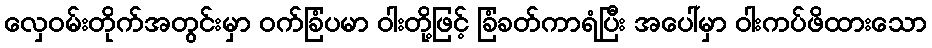
လှေဝမ်းတိုက်အတွင်းမှာ ဝက်ခြံပမာ ဝါးတို့ဖြင့် ခြံခတ်ကာရံပြီး အပေါ်မှာ ဝါးကပ်ဖိထားသော